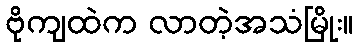
ဗိုကျထဲက လာတဲ့အသံမြိုး။